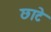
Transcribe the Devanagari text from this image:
छाटे